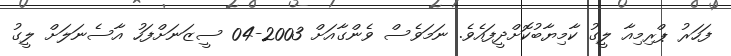
ފަހަރު ޕްރިމިއާ ލީގު ކާމިޔާބުކޮށްދީފައެވެ. ނަމަވެސް ވެންގާއަށް 2003-04 ސީޒަނަށްފަހު އާސެނަލަށް ލީގު